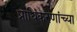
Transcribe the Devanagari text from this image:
प्राधिकरणांच्या